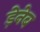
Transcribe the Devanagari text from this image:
ड़ेनेब